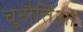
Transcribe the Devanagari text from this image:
चुनौतिओं